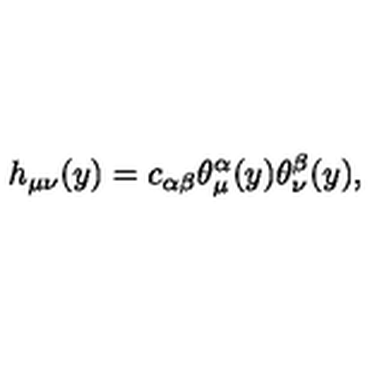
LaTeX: h _ { \mu \nu } ( y ) = c _ { \alpha \beta } \theta _ { \mu } ^ { \alpha } ( y ) \theta _ { \nu } ^ { \beta } ( y ) ,